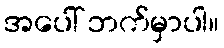
အပေါ် ဘက်မှာပါ။